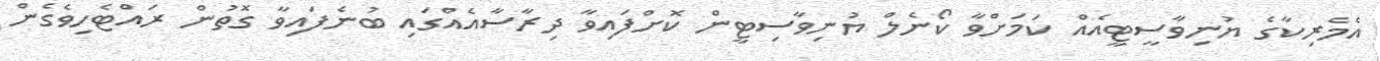
އެމެރިކާގެ ޔުނިވާސީޓީއެއް ކަމަށްވާ ކޯނެލް ޔުނިވާސިޓީން ކޮށްފައިވާ ދިރާސާއެއްގައި ބުނެފައިވާ ގޮތުން ރައްޓެހިވެގެން